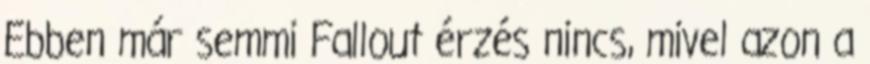
Ebben már semmi Fallout érzés nincs, mivel azon a